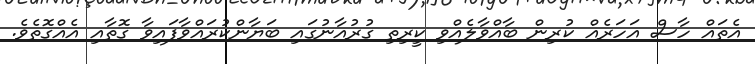
އެތައް ހާސް އަހަރެއް ކުރިން ބާއްވާލެއްވި ކީރިތި ގުރުއާނުގައި ބަޔާންކުރައްވާފައިވާ ގޮތާއި އެއްގޮތެވެ.